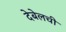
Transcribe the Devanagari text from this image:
देबेलची